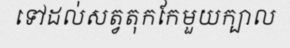
ទៅដល់សត្វតុកកែមួយក្បាល